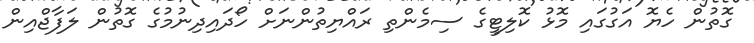
ގޮތުން ހެޔޮ އަގުގައި މޮޅު ކޮލިޓީގެ ސިމެންތި ރައްޔިތުންނަށް ހޯދައިދިނުމުގެ ގޮތުން ލަފާޖްއިން